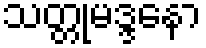
သတ္တုမဒ္ဒနော